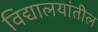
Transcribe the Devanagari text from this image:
विद्यालयांतील